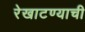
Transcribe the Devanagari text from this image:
रेखाटण्याची